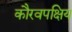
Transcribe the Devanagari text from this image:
कौरवपक्षिय